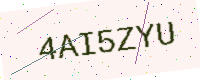
Text: 4AI5ZYU